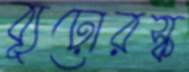
ব্যূঢ়োরস্ক